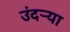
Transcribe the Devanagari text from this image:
उंदर्‍या